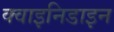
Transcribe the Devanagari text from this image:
क्वाइनिडाइन